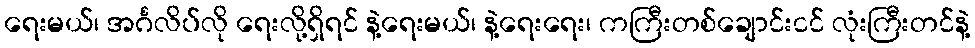
ရေးမယ်၊ အင်္ဂလိပ်လို ရေးလို့ရှိရင် နဲ့ရေးမယ်၊ နဲ့ရေးရေး၊ ကကြီးတစ်ချောင်းငင် လုံးကြီးတင်နဲ့